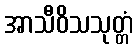
အာသီဝိသသုတ္တံ